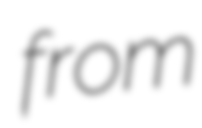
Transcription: from